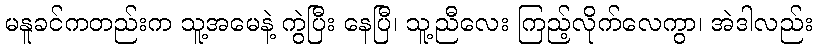
မနူခင်ကတည်းက သူ့အမေနဲ့ ကွဲပြီး နေပြီ၊ သူ့ညီလေး ကြည့်လိုက်လေကွာ၊ အဲဒါလည်း